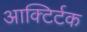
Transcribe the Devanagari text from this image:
आक्टिर्टक